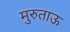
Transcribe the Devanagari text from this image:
मुरुताऊ